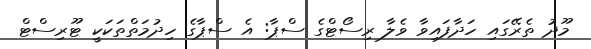
މޫދު ތެރޭގައި ހަދާފައިވާ ވެލާ ރިސޯޓްގެ ސްޕާ: އެ ސްޕާގެ ހިދުމަތްތަކަކީ ޓޫރިސްޓް